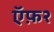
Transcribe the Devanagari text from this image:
ऍफ़२